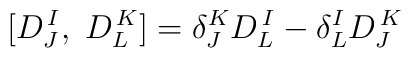
[D^{\,I}_J,\;D^{\,K}_L] = \delta^K_J D^{\,I}_L -\delta^I_L D^{\,K}_J